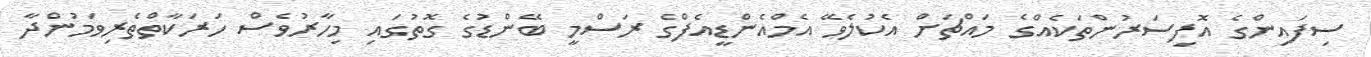
ސިފައިންގެ އޮފިސަރުންތަކެއްގެ މައްޗަށް އެކުލެވޭ އެމްއެންޑީއެފްގެ ރަސްމީ ބޭންޑުގެ ގޮތުގައި މިހާރުވެސް ހަރަކާތްތެރިވަމުންދާ